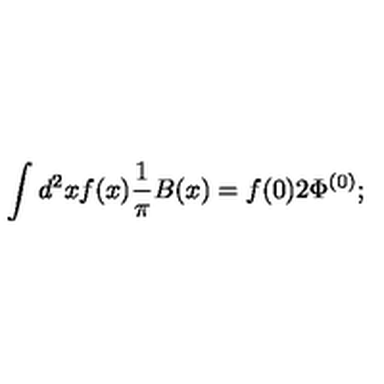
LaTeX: \int d ^ { 2 } x f ( x ) { \frac { 1 } { \pi } } B ( x ) = f ( 0 ) 2 \Phi ^ { ( 0 ) } ;